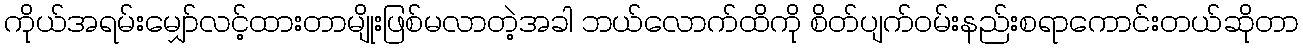
ကိုယ်အရမ်းမျှော်လင့်ထားတာမျိုးဖြစ်မလာတဲ့အခါ ဘယ်လောက်ထိကို စိတ်ပျက်ဝမ်းနည်းစရာကောင်းတယ်ဆိုတာ